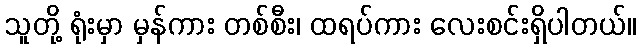
သူတို့ ရုံးမှာ မှန်ကား တစ်စီး၊ ထရပ်ကား လေးစင်းရှိပါတယ်။